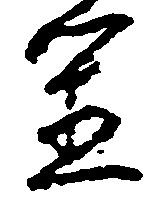
置